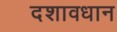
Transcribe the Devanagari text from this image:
दशावधान